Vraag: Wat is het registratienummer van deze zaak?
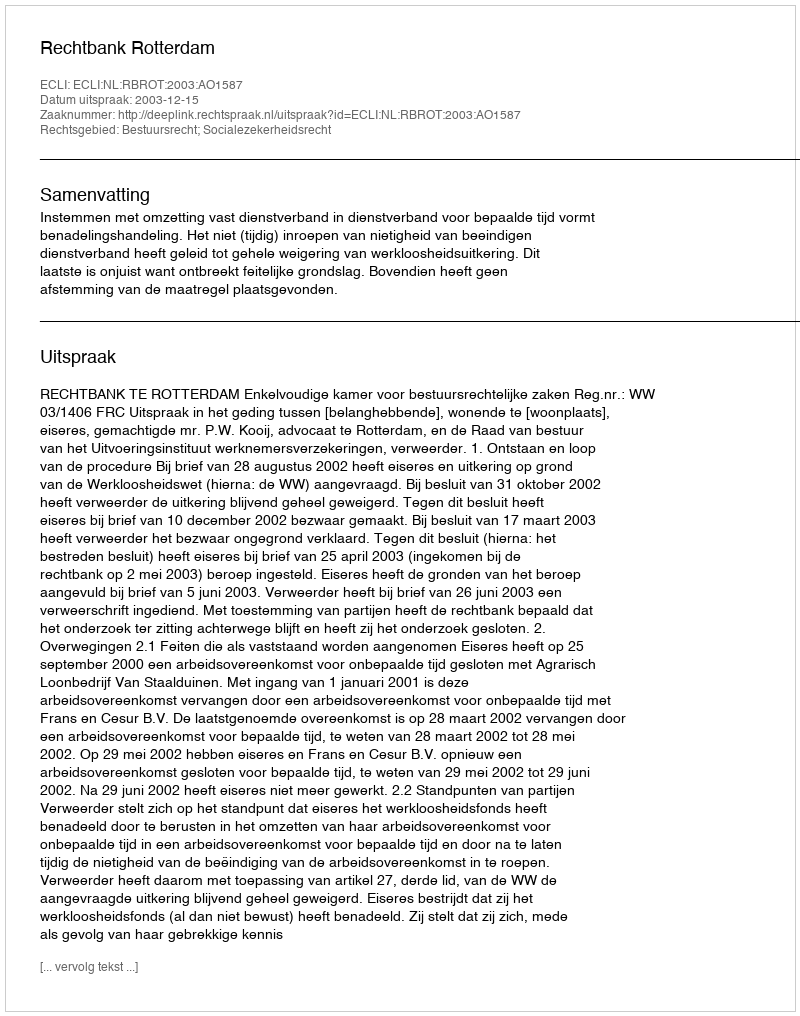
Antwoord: http://deeplink.rechtspraak.nl/uitspraak?id=ECLI:NL:RBROT:2003:AO1587